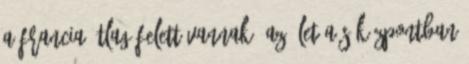
a francia átlag felett vannak, az élet a síközpontban